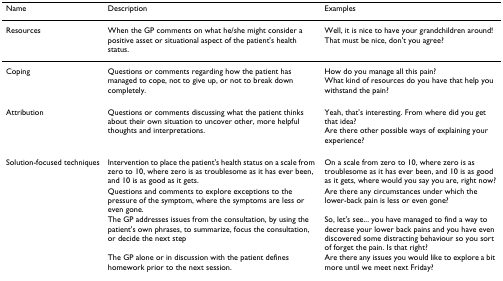
| Name | Description | Examples |
 | --- | --- | --- |
 | Resources | When the GP comments on what he/she might consider a positive asset or situational aspect of the patient's health status. | Well, it is nice to have your grandchildren around!That must be nice, don't you agree? |
 | Coping | Questions or comments regarding how the patient has managed to cope, not to give up, or not to break down completely. | How do you manage all this pain?What kind of resources do you have that help you withstand the pain? |
 | Attribution | Questions or comments discussing what the patient thinks about their own situation to uncover other, more helpful thoughts and interpretations. | Yeah, that's interesting. From where did you get that idea?Are there other possible ways of explaining your experience? |
 | Solution-focused techniques | Intervention to place the patient's health status on a scale from zero to 10, where zero is as troublesome as it has ever been, and 10 is as good as it gets. | On a scale from zero to 10, where zero is as troublesome as it has ever been, and 10 is as good as it gets, where would you say you are, right now? |
 |  | Questions and comments to explore exceptions to the pressure of the symptom, where the symptoms are less or even gone. | Are there any circumstances under which the lower-back pain is less or even gone? |
 |  | The GP addresses issues from the consultation, by using the patient's own phrases, to summarize, focus the consultation, or decide the next step | So, let's see... you have managed to find a way to decrease your lower back pains and you have even discovered some distracting behaviour so you sort of forget the pain. Is that right? |
 |  | The GP alone or in discussion with the patient defines homework prior to the next session. | Are there any issues you would like to explore a bit more until we meet next Friday? |